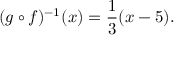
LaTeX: ( g \circ f ) ^ { - 1 } ( x ) = { \frac { 1 } { 3 } } ( x - 5 ) .